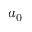
a _ { 0 }